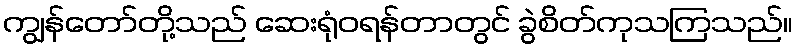
ကျွန်တော်တို့သည် ဆေးရုံဝရန်တာတွင် ခွဲစိတ်ကုသကြသည်။